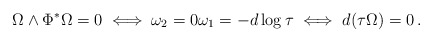
\begin{align*}\Omega \wedge \Phi^* \Omega =0 \iff \omega_2 = 0 \omega_1 = - d \log \tau \iff d ( \tau \Omega ) = 0 \, .\end{align*}